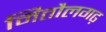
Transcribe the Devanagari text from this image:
मितौलगढ़